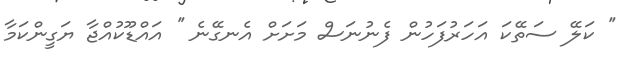
'' ކަލޭ ސަތޭކަ އަހަރުފަހުން ފެނުނަސް މަށަށް އެނގޭނެ '' އައްޑޫކުއްޖާ ޔަގީންކަމާ